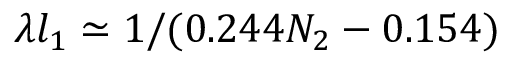
\lambda l _ { 1 } \simeq 1 / ( 0 . 2 4 4 N _ { 2 } - 0 . 1 5 4 )